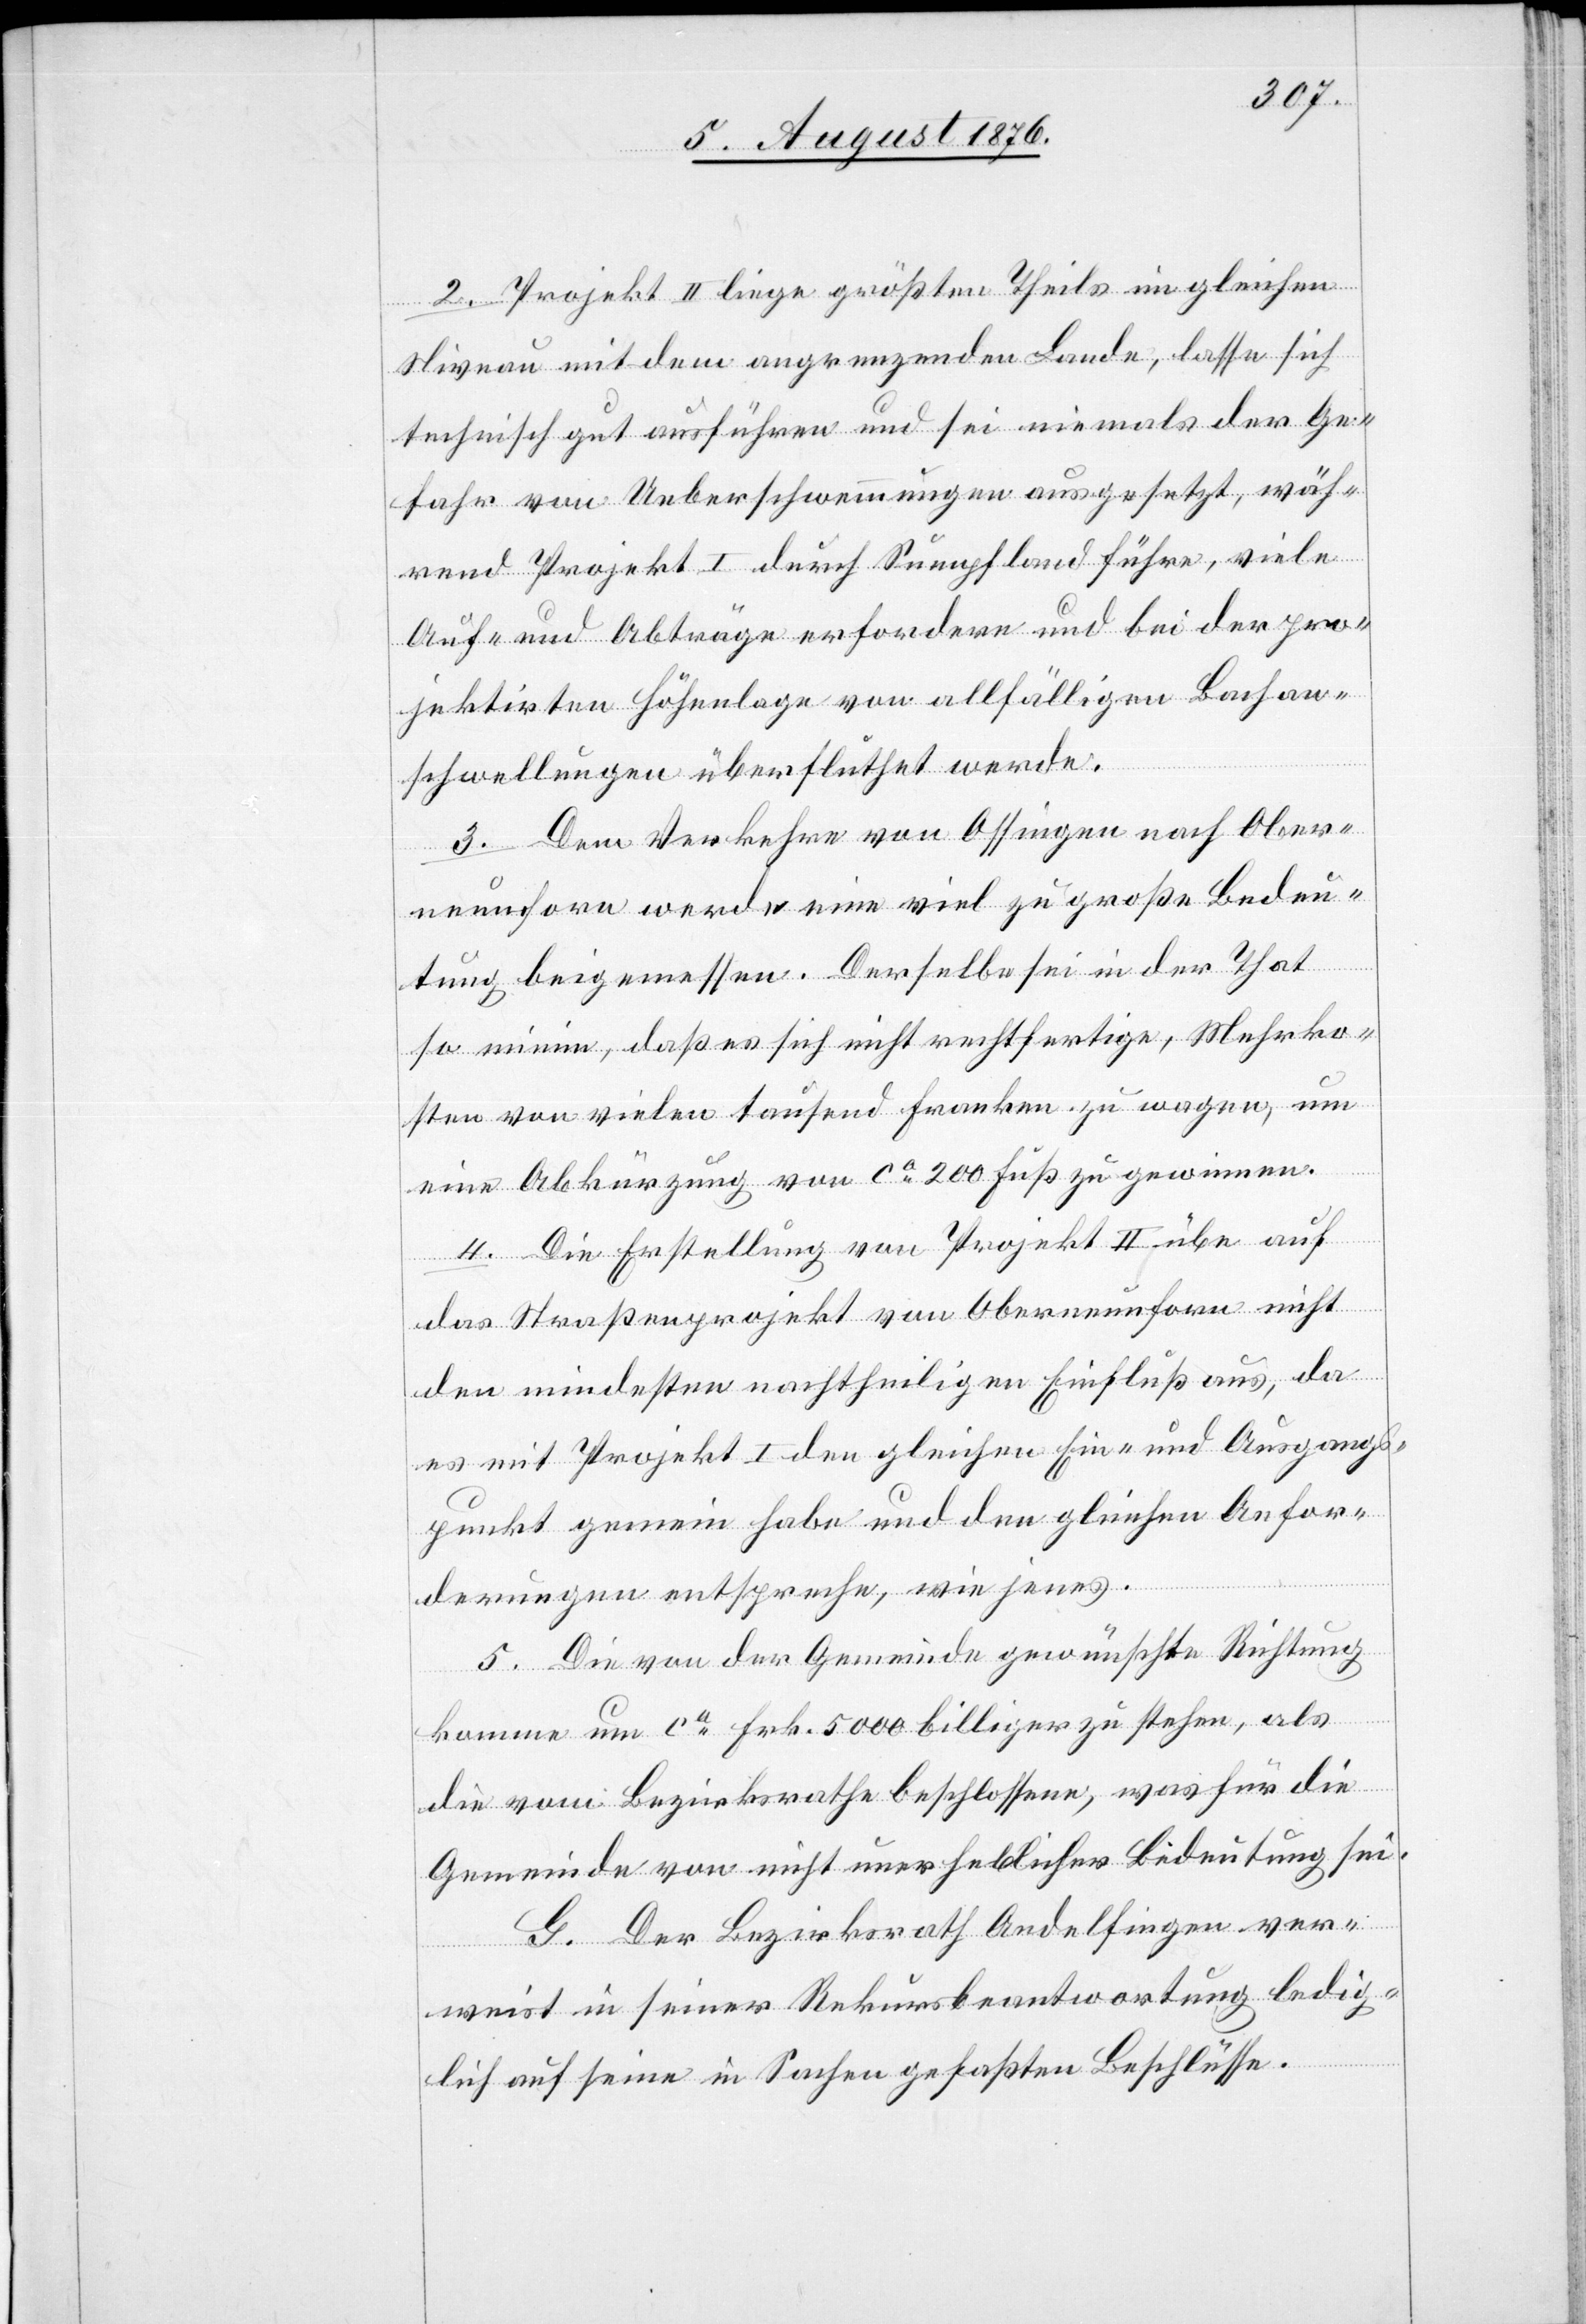
2. Projekt II liege größten Theils im gleichen
Niveau mit dem angrenzenden Lande, lasse sich
technisch gut ausführen und sei niemals der Ge¬
fahr von Ueberschwemmungen ausgesetzt, wäh¬
rend Projekt I durch Sumpfland führe, viele
Auf- und Abträge erfordere und bei der pro¬
jektirten Höhenlage von allfälligen Bachan¬
schwellungen überfluthet werde.
3. Dem Verkehre von Ossingen nach Ober¬
neunforn werde eine viel zu große Bedeu¬
tung beigemessen. Derselbe sei in der That
so minim, daß es sich nicht rechtfertige, Mehrko¬
sten von vielen tausend Franken zu wagen, um
eine Abkürzung von ca 200 Fuß zu gewinnen.
4. Die Erstellung von Projekt II übe auf
das Straßenprojekt von Oberneunforn nicht
den mindesten nachtheiligen Einfluß aus, da
es mit Projekt I den gleichen Ein- und Ausgans¬
punkt gemein habe und den gleichen Anfor¬
derungen entspreche, wie jenes.
5. Die von der Gemeinde gewünschte Richtung
komme um ca Frk. 5000 billiger zu stehen, als
die vom Bezirksrathe beschlossene, was für die
Gemeinde von nicht unerheblicher Bedeutung sei.
G. Der Bezirksrath Andelfingen ver¬
weist in seiner Rekursbeantwortung ledig¬
lich auf seine in Sachen gefaßten Beschlüsse.